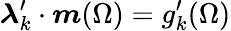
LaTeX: \boldsymbol{\lambda}_{k}^{\prime}\cdot\boldsymbol{m}(\Omega)=g_{k}^{\prime}(\Omega)